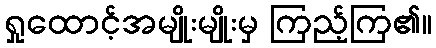
ရှုထောင့်အမျိုးမျိုးမှ ကြည့်ကြ၏။